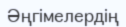
Әңгімелердің